Senior Leaving Certificate Examination (including Day School Certificate (Higher) General paper), 1950
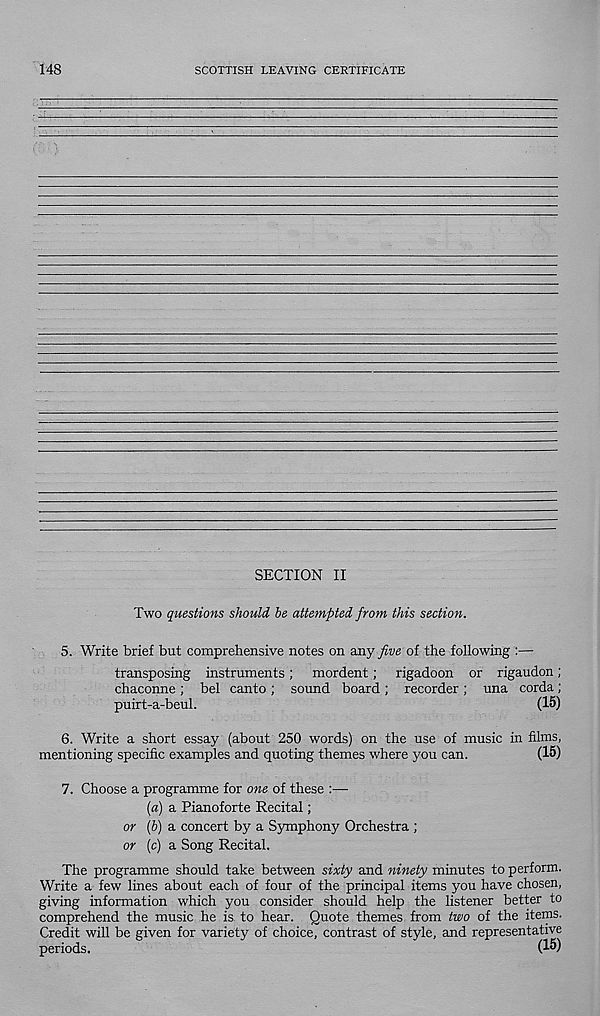
148
SCOTTISH LEAVING CERTIFICATE
SECTION II
Two questions should, he attempted from this section.
5. Write brief but comprehensive notes on any five of the following :—
transposing instruments; mordent; rigadoon or rigaudon;
chaconne ; bel canto ; sound board ; recorder ; una corda ;
puirt-a-beul.
(15)
6. Write a short essay (about 250 words) on the use of music in films,
mentioning specific examples and quoting themes where you can.
(15)
7. Choose a programme for one of these :—
(a) a Pianoforte Recital;
or (h) a concert by a Symphony Orchestra ;
or (c) a Song Recital.
The programme should take between sixty and ninety minutes to perform.
Write a few lines about each of four of the principal items you have chosen,
giving information which you consider should help the listener better to
comprehend the music he is to hear. Quote themes from two of the items.
Credit will be given for variety of choice, contrast of style, and representative
periods.
(15)